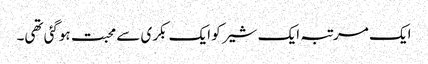
ایک مرتبہ ایک شیر کو ایک بکری سے محبت ہوگئی تھی۔